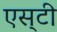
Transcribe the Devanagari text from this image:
एस्‌टी